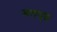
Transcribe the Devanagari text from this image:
मलपृष्ठ